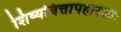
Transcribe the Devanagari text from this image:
शिष्यवित्तापहारकाः